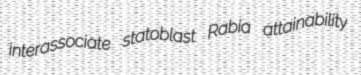
interassociate statoblast Rabia attainability